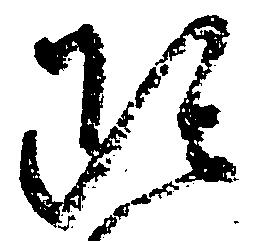
雖